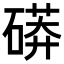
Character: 𥕊